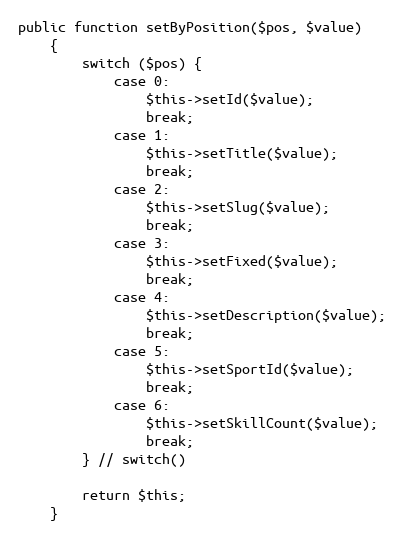
Language: PHP
public function setByPosition($pos, $value)
    {
        switch ($pos) {
            case 0:
                $this->setId($value);
                break;
            case 1:
                $this->setTitle($value);
                break;
            case 2:
                $this->setSlug($value);
                break;
            case 3:
                $this->setFixed($value);
                break;
            case 4:
                $this->setDescription($value);
                break;
            case 5:
                $this->setSportId($value);
                break;
            case 6:
                $this->setSkillCount($value);
                break;
        } // switch()

        return $this;
    }